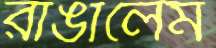
রাঙালেম